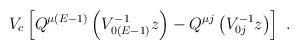
LaTeX: \begin{align*}V_c\left[ Q^{\mu (E-1)}\left( V_{0(E-1)}^{-1}z\right) -Q^{\mu j}\left( V^{-1}_{0j}z\right)\right] \ .\end{align*}